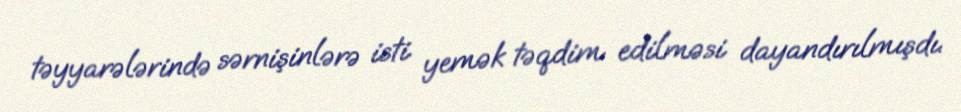
təyyarələrində sərnişinlərə isti yemək təqdim edilməsi dayandırılmışdı.